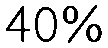
40%